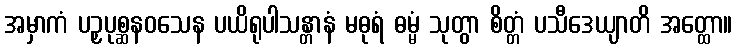
အမှာကံ ပဉှပုစ္ဆနဝသေန ပယိရုပါသန္တာနံ မဓုရံ ဓမ္မံ သုတွာ စိတ္တံ ပသီဒေယျာတိ အတ္ထော။